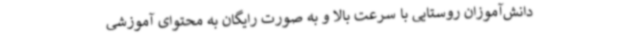
دانش‌آموزان روستایی با سرعت بالا و به صورت رایگان به محتوای آموزشی